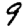
Digit: 9